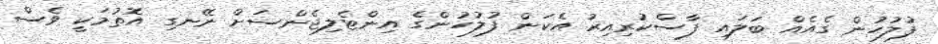
ފުލުހުން ގެއެއް ބަލައި ފާސްކުރިއިރު އެކަން ފުލުހުންގެ އިންޓެލިޖެންސަށް ނޭނގި އޮތުމަކީ ވެސް